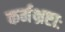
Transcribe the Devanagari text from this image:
कर्मभ्रष्टाः